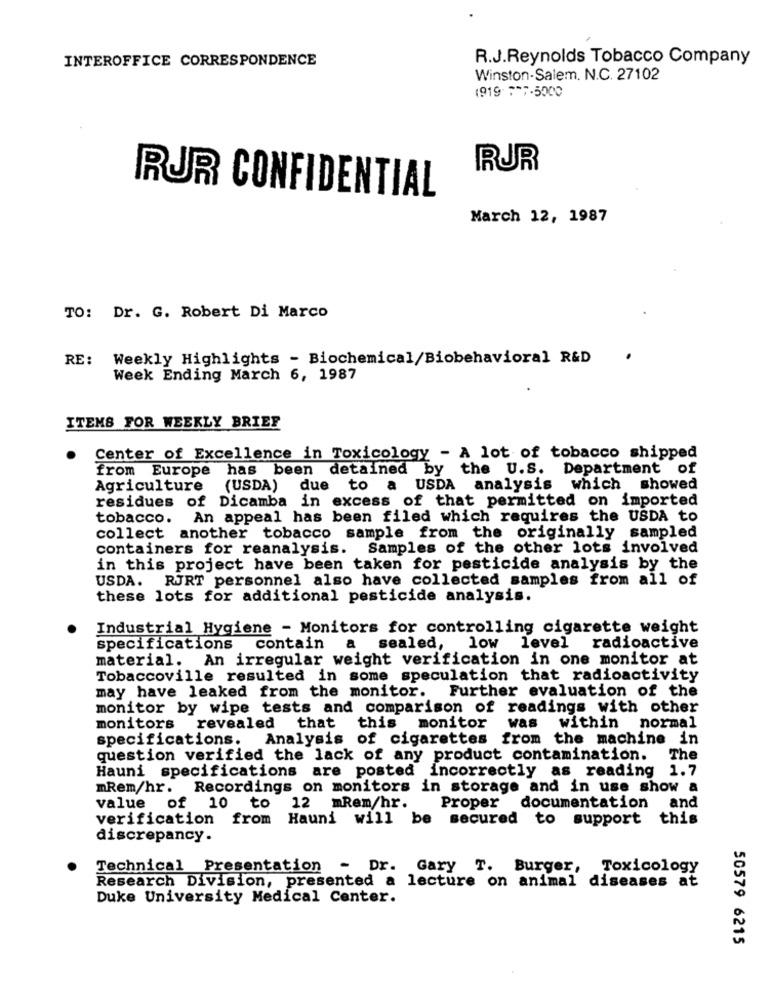
INTEROFFICE CORRESPONDENCE
R.J.Reynolds Tobacco Company
Winston-Salem. N.C. 27102
1919 7-7-5000
RUR
RUR CONFIDENTIAL
March 12, 1987
TO: Dr. G. Robert Di Marco
RE: Weekly Highlights - Biochemical/Biobehavioral R&D
Week Ending March 6, 1987
ITEMS FOR WEEKLY BRIEF
Center of Excellence in Toxicology - A lot of tobacco shipped
from Europe has been detained by the U.S. Department of
Agriculture (USDA)
due to
a USDA analysis which showed
residues of Dicamba in excess of that permitted on imported
tobacco. An appeal has been filed which requires the USDA to
collect another tobacco sample from the originally sampled
containers for reanalysis. Samples of the other lots involved
in this project have been taken for pesticide analysis by the
USDA. RJRT personnel also have collected samples from all of
these lots for additional pesticide analysis.
Industrial Hygiene - Monitors for controlling cigarette weight
specifications contain
a
sealed, low level radioactive
material. An irregular weight verification in one monitor at
Tobaccoville resulted in some speculation that radioactivity
may have leaked from the monitor. Further evaluation of the
monitor by wipe tests and comparison of readings with other
was
monitors
revealed
that
this monitor
within normal
specifications.
Analysis of cigarettes from the machine in
question verified the lack of any product contamination.
The
Hauni specifications are posted incorrectly as reading 1.7
mRem/hr. Recordings on monitors in storage and in use show a
value of 10 to 12
mRem/hr.
Proper
documentation and
verification from Hauni will be secured to support this
discrepancy.
Technical Presentation - Dr. Gary T. Burger,
Toxicology
Research Division, presented a lecture on animal diseases at
Duke University Medical Center.
50579 6215